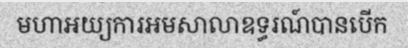
មហាអយ្យការអមសាលាឧទ្ធរណ៍បានបើក